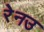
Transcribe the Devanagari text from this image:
रेनउ